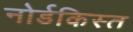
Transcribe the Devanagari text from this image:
नोर्डकिस्त